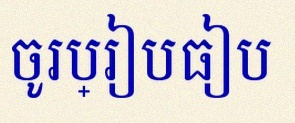
ចូរប្រៀបធៀប